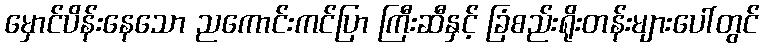
မှောင်ပိန်းနေသော ညကောင်းကင်ပြာ ကြီးဆီနှင့် ခြံစည်းရိုးတန်းများပေါ်တွင်